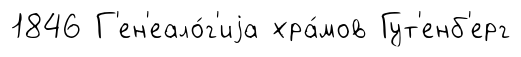
1846 Г'ен'еало́г'иjа хра́мов Гут'енб'ерг